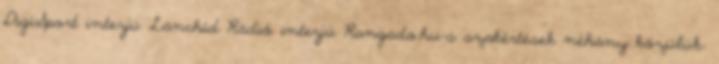
DigiSport interjú Lánchíd Rádió interjú Rangado.hu-s szakértések néhány közülük: